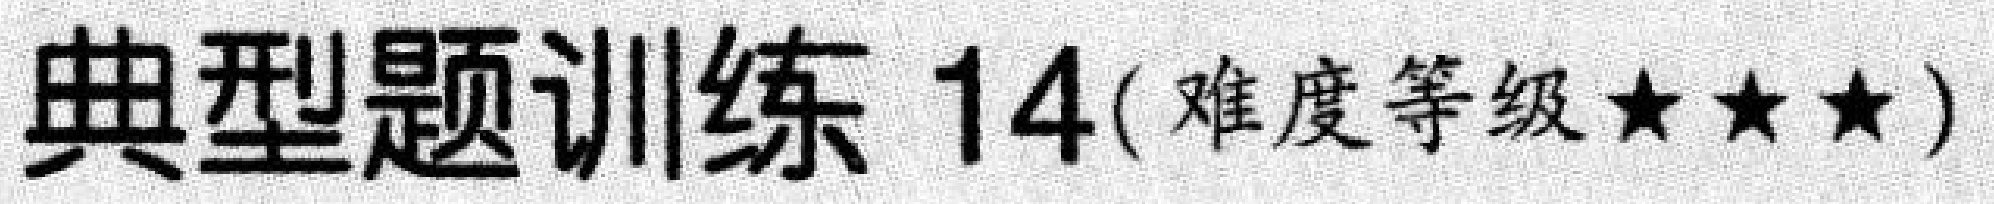
典型题训练 \(14\)(难度等级\(\star\star\star\))